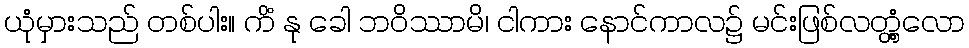
ယုံမှားသည် တစ်ပါး။ ကိံ နု ခေါ ဘဝိဿာမိ၊ ငါကား နောင်ကာလ၌ မင်းဖြစ်လတ္တံ့လော